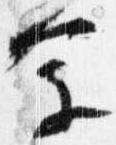
参